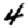
Digit: 4